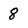
Character: 8